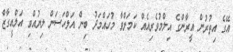
އޭގެ އިތުރުން އީރާންގެ އިލްމުވެރިއެއް ކަމަށްވާ މުހައްމަދު ބިން އަލްހަސަން ލިޔުއްވި އަލްއީގާޒް